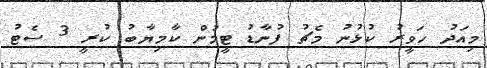
މިއަދު ހަވީރު ކުޅުނު މެޗު ފުނާޑު ޓީމުން ކާމިޔާބު ކުރީ 3 ސެޓު